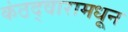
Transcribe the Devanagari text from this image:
कंठद्वारामधून